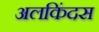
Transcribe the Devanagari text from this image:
अलकिंदस